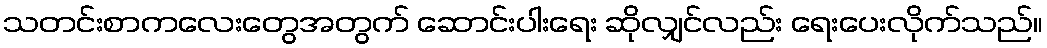
သတင်းစာကလေးတွေအတွက် ဆောင်းပါးရေး ဆိုလျှင်လည်း ရေးပေးလိုက်သည်။